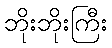
ဘိုးဘိုးကြီး